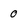
Character: 0